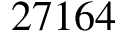
2 7 1 6 4